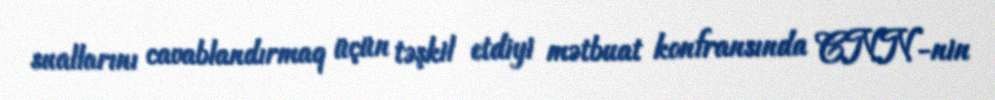
suallarını cavablandırmaq üçün təşkil etdiyi mətbuat konfransında CNN-nin